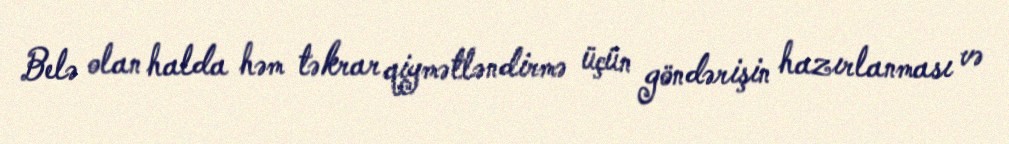
Belə olan halda həm təkrar qiymətləndirmə üçün göndərişin hazırlanması və